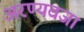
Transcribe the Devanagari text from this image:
अरण्यवजा